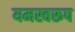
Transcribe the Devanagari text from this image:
यमस्वरूप